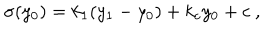
\sigma ( y _ { 0 } ) = k _ { 1 } ( y _ { 1 } - y _ { 0 } ) + k _ { c } y _ { 0 } + c ~ , ~ \,